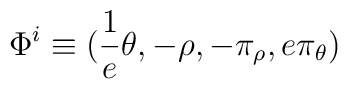
\Phi^i \equiv ( \frac{1}{e} \theta,                  - \rho,                  - \pi_\rho,                   e\pi_\theta )